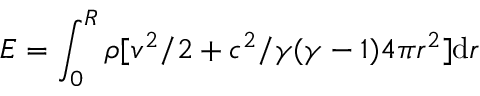
E = \int _ { 0 } ^ { R } \rho [ v ^ { 2 } / 2 + c ^ { 2 } / \gamma ( \gamma - 1 ) 4 \pi r ^ { 2 } ] \mathrm { d } r